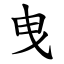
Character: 曳